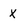
Character: x